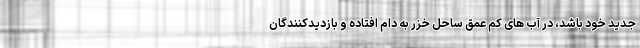
جدید خود باشد، در آب های کم عمق ساحل خزر به دام افتاده و بازدیدکنندگان